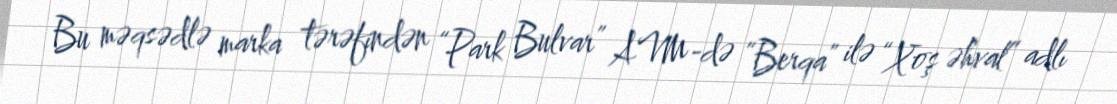
Bu məqsədlə marka tərəfindən “Park Bulvar” AVM-də “Berqa” ilə “Xoş əhval” adlı